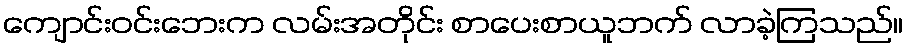
ကျောင်းဝင်းဘေးက လမ်းအတိုင်း စာပေးစာယူဘက် လာခဲ့ကြသည်။